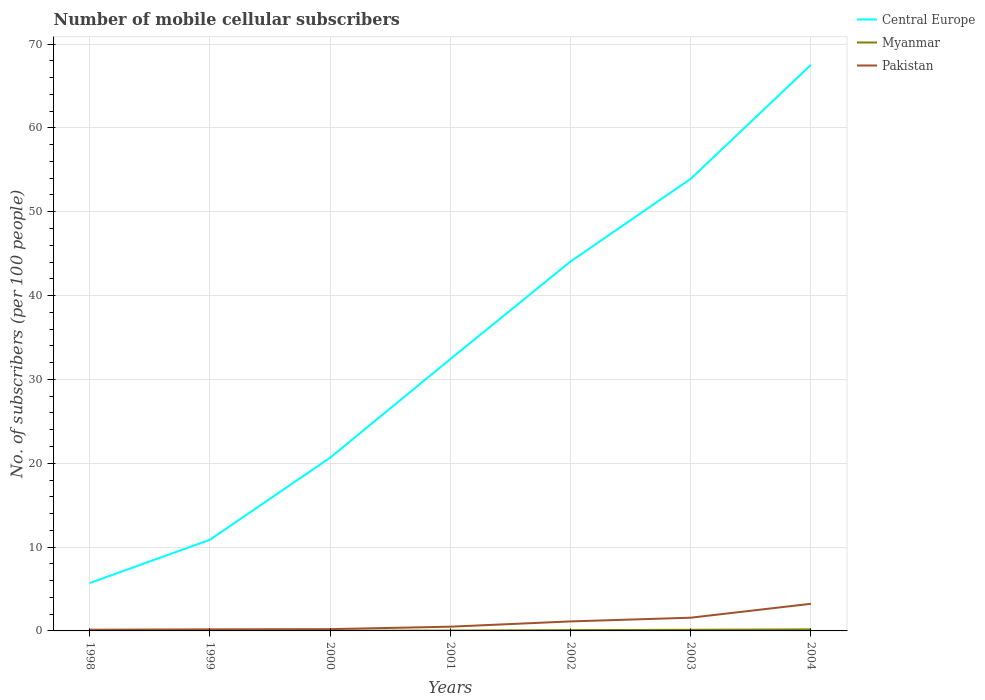
| Years | Central Europe | Myanmar | Pakistan |
 | --- | --- | --- | --- |
 | 1998 | 5.71 | 0.018 | 0.143 |
 | 1999 | 10.9 | 0.0238 | 0.189 |
 | 2000 | 20.7 | 0.0276 | 0.213 |
 | 2001 | 32.4 | 0.0464 | 0.506 |
 | 2002 | 44.1 | 0.0974 | 1.13 |
 | 2003 | 53.9 | 0.134 | 1.58 |
 | 2004 | 67.5 | 0.185 | 3.24 |